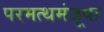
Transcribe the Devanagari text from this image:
परमत्थमंजूषा